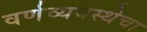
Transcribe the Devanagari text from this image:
वर्णव्यवस्थेचा